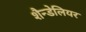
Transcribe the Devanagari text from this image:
शैन्डेलियर